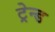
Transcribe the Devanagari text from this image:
ट्रेन्ड